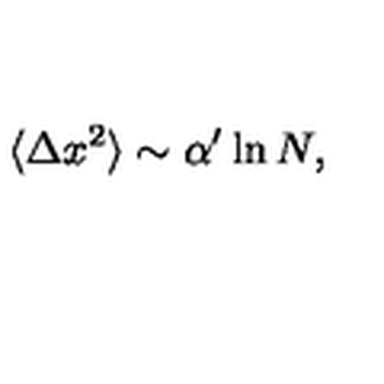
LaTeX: \langle \Delta x ^ { 2 } \rangle \sim \alpha ^ { \prime } \ln N ,